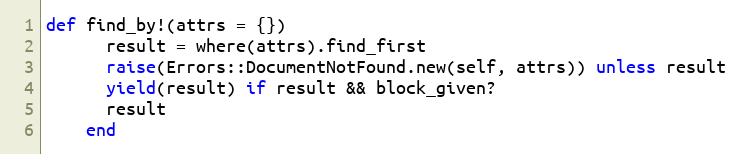
Language: Ruby
def find_by!(attrs = {})
      result = where(attrs).find_first
      raise(Errors::DocumentNotFound.new(self, attrs)) unless result
      yield(result) if result && block_given?
      result
    end